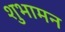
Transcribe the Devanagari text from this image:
शुभामन